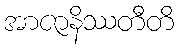
အာဇာနိဿတီတိ